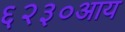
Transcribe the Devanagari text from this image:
६२३०आय